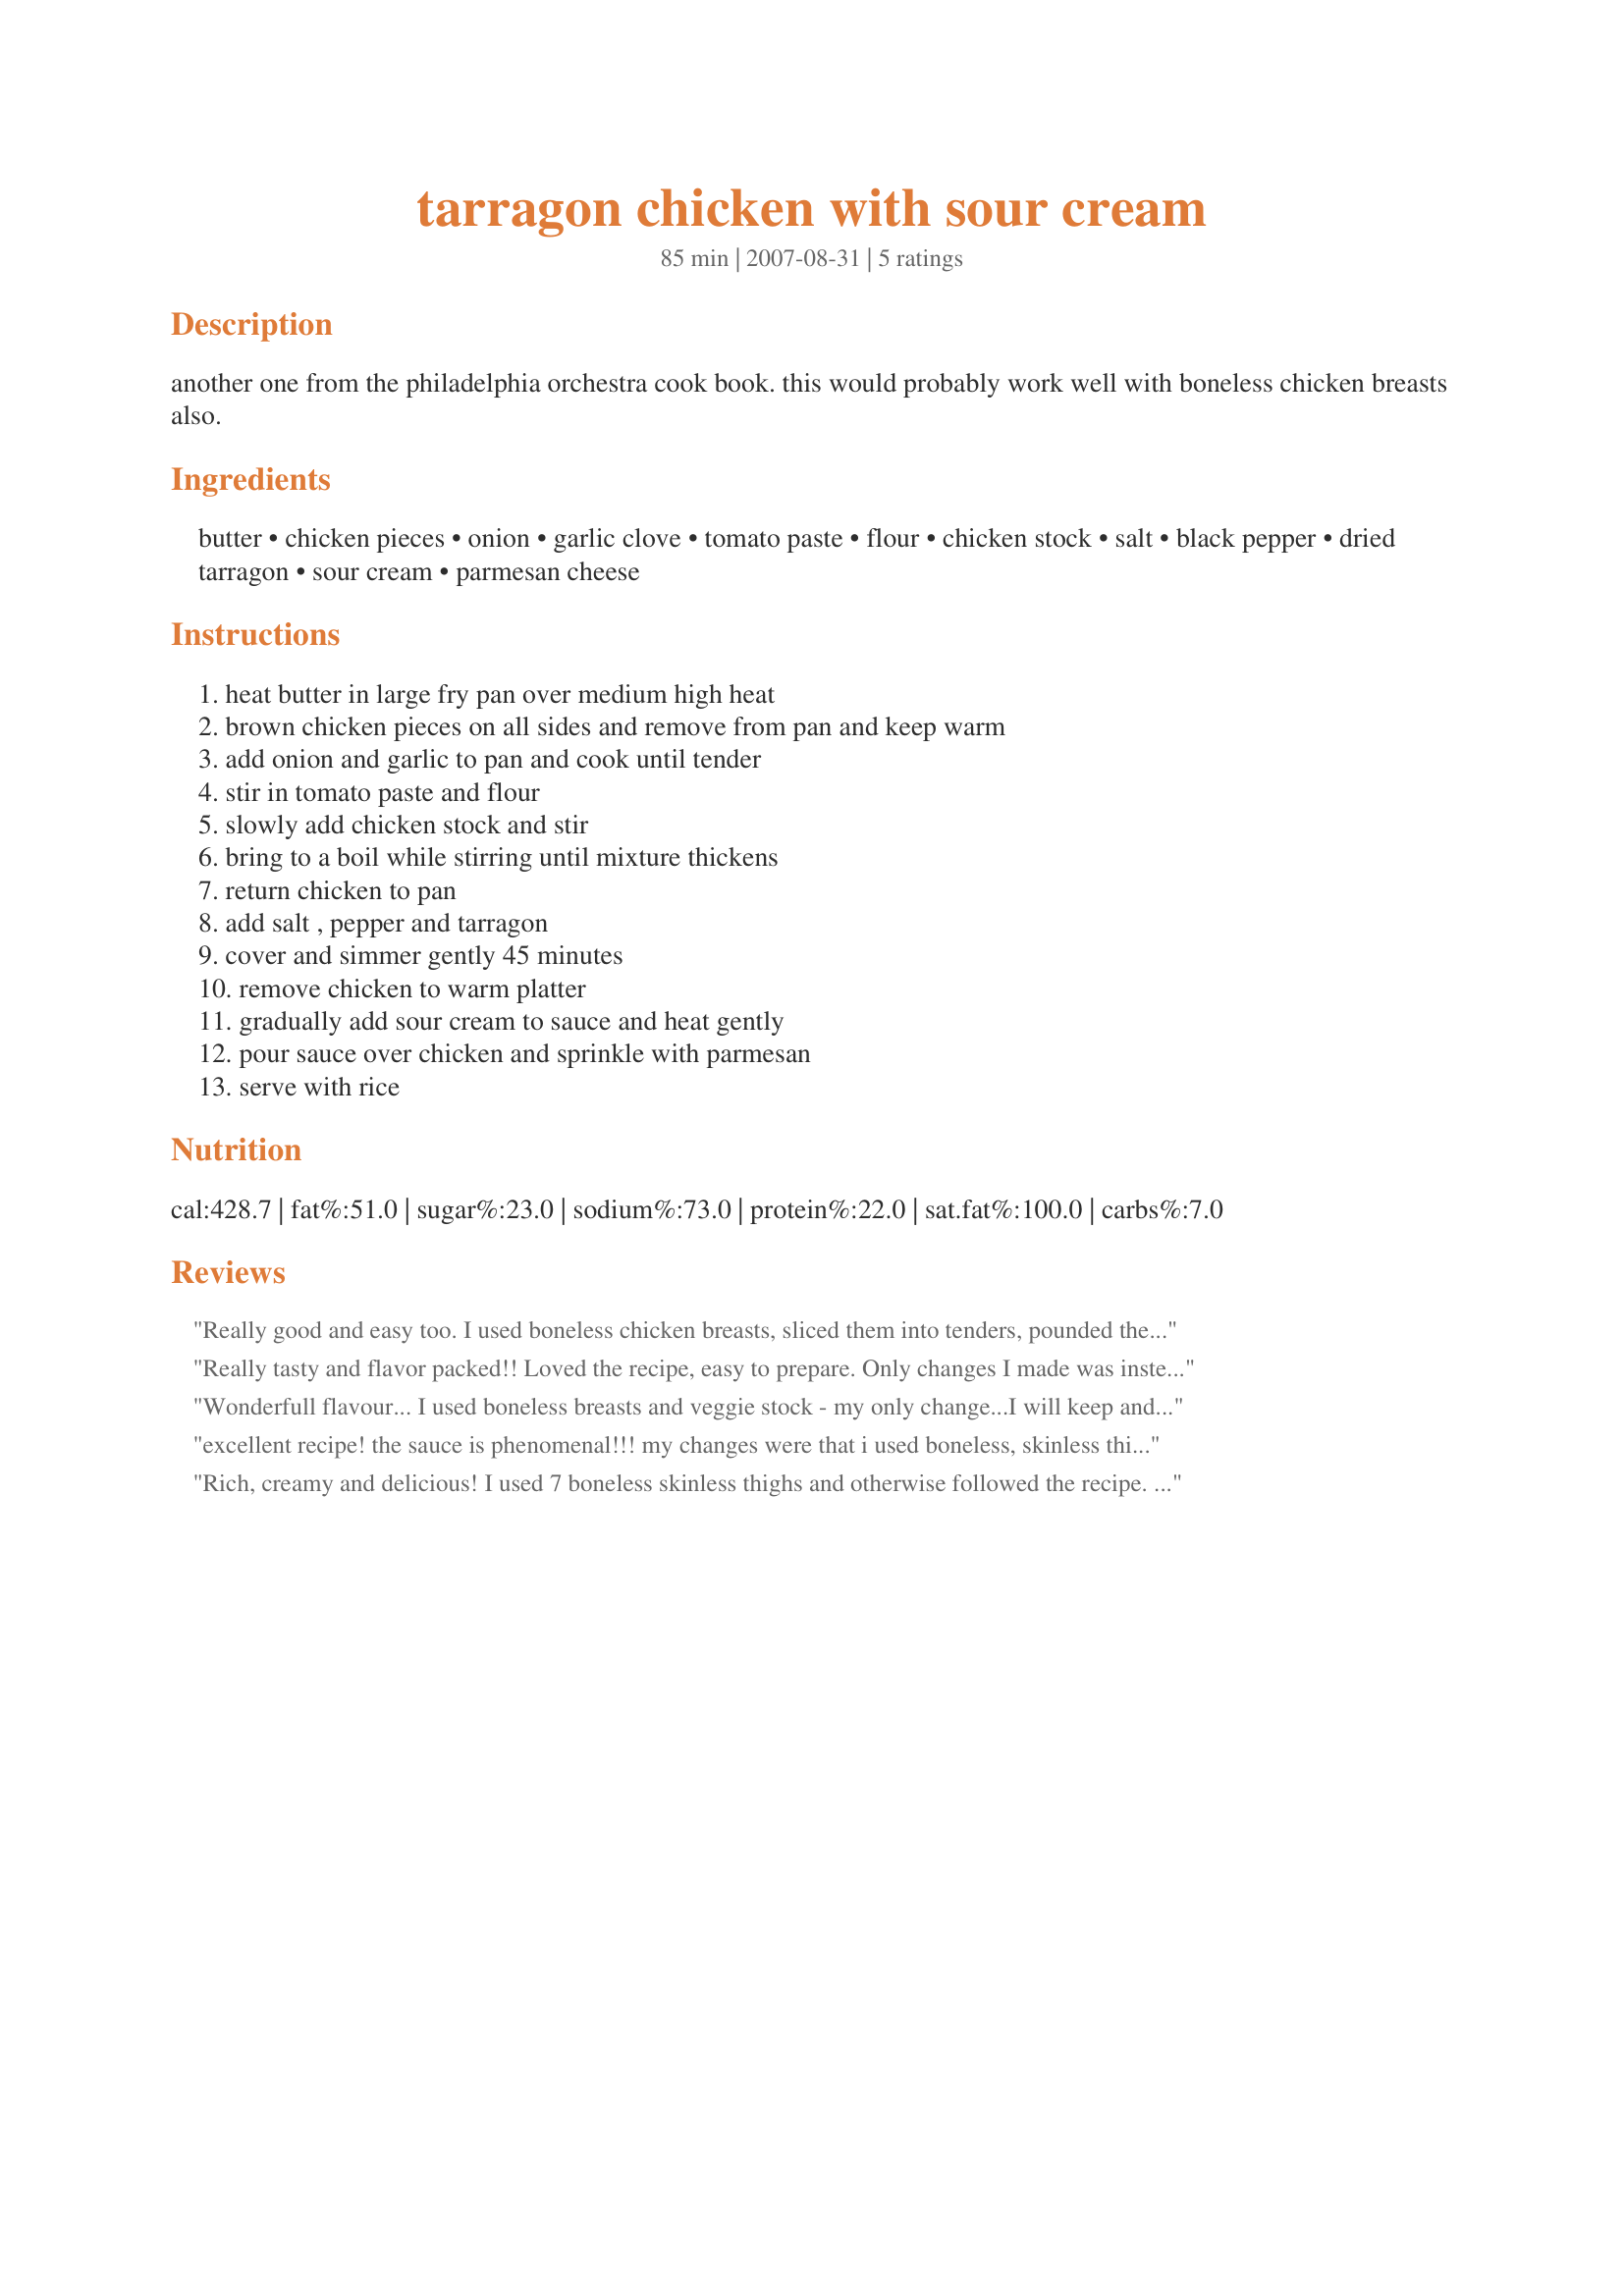
tarragon chicken with sour cream
Preparation time: 85 minutes

another one from the philadelphia orchestra cook book. this would probably work well with boneless chicken breasts also.

Ingredients:
butter, chicken pieces, onion, garlic clove, tomato paste, flour, chicken stock, salt, black pepper, dried tarragon, sour cream, parmesan cheese

Steps:
heat butter in large fry pan over medium high heat, brown chicken pieces on all sides and remove from pan and keep warm, add onion and garlic to pan and cook until tender, stir in tomato paste and flour, slowly add chicken stock and stir, bring to a boil while stirring until mixture thickens, return chicken to pan, add salt , pepper and tarragon, cover and simmer gently 45 minutes, remove chicken to warm platter, gradually add sour cream to sauce and heat gently, pour sauce over chicken and sprinkle with parmesan, serve with rice

Reviews:
Really good and easy too. I used boneless chicken breasts, sliced them into tenders, pounded them a little bit and the other change I made was to use some cayenne pepper in the finished sauce. I didn't have to simmer the sauce for 45 min. as recipe states, chicken was done after 10 minutes and I liked the texture of the sauce. Served with wild rice and fresh veggie. Very good!!
Really tasty and flavor packed!! Loved the recipe, easy to prepare. Only changes I made was instead of the tomato paste (I was out) I put in some chopped tomatoes (1/2 cup)...and I used half the amount of sour cream (again all I had on hand) but did not miss the rest.

Will keep the recipe and use again.
Wonderfull flavour... I used boneless breasts and veggie stock - my only change...I will keep and share this recipe - thank you for sharing!!
excellent recipe! the sauce is phenomenal!!! my changes were that i used boneless, skinless thighs, used about 4 garlic cloves, added serrano peppers and cayenne. i served over egg noodles tossed with butter, parm, and fresh parsley! it makes loads of sauce, so i will mix it with some pasta later this week for lunch!! thanks for the keeper culinary queen!!
Rich, creamy and delicious! I used 7 boneless skinless thighs and otherwise followed the recipe. I ended up with extra sauce since I used less chicken and plan on serving it over some penne with the last 2 thighs cut into cubes. Next time I will reduce the salt to 1/2 tsp. but I'm giving this 5 stars because it was so good!
